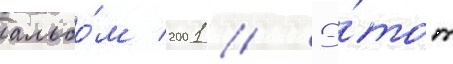
альбо́м 2001 // Э́тот